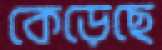
কেড়েছে